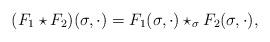
LaTeX: \begin{align*}(F_1\star F_2)(\sigma,\cdot)=F_1(\sigma,\cdot)\star_\sigma F_2(\sigma,\cdot),\end{align*}